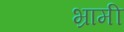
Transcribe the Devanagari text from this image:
भ्रामी